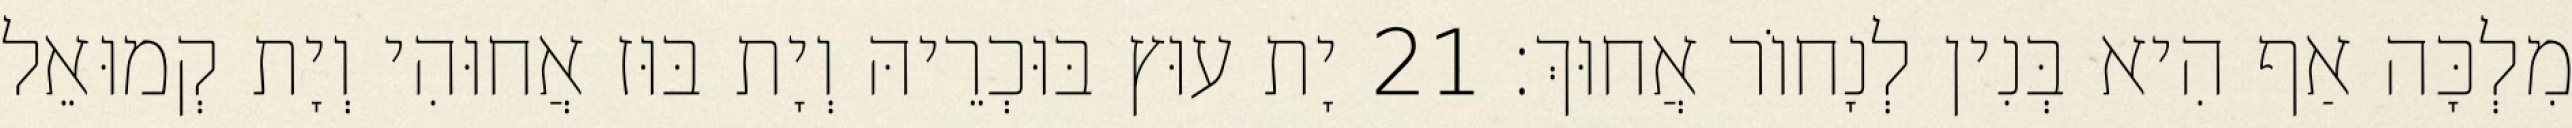
מִלְכָּה אַף הִיא בְּנִין לְנָחוֹר אֲחוּךְ׃ 21 יָת עוּץ בּוּכְרֵיהּ וְיָת בּוּז אֲחוּהִי וְיָת קְמוּאֵל